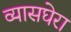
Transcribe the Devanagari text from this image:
व्यासघेरा